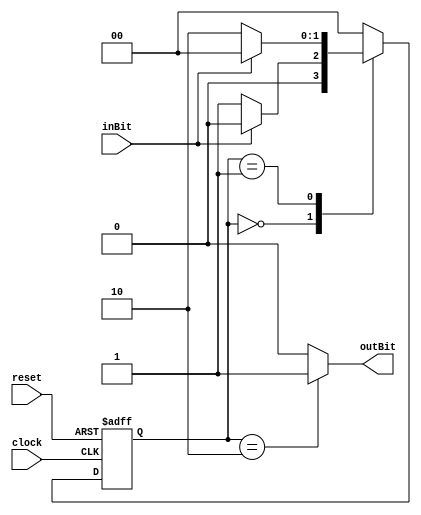
module FSM_consecZeros ( inBit, outBit, clock, reset );

	input inBit;
	input clock;
	input reset;
	output outBit;
	reg outBit;
	reg[1:0] state;
	
	//initial state?
	parameter[1:0] q0 = 0, q1 = 1, qf = 2;
	
	always @( negedge clock or posedge reset ) begin
		if (reset)
			state = q0;
		else
			case( state )
				q0:
					if( inBit == 0 )
						state = q1;
					else
						state = q0;
				q1:
					if( inBit ==  0 )
						state = qf;
					else
						state = q0;
				qf:
					state = q0; // lambda transition to q0
				default: 
					state = q0;
			endcase
		end
		
	always @(state) begin
		case( state )
			q0: outBit = 0;
			q1: outBit = 0;
			qf: outBit = 1;
			default: outBit = 0;
		endcase
	end

endmodule